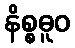
နိစ္စဓူဝ